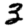
Digit: 3